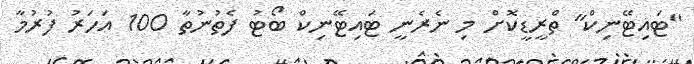
"ޓައިޓޭނިކް" ތްރީޑީކޮށް މި ނެރެނީ ޓައިޓޭނިކް ބޯޓު ފެތުނުތާ 100 އަހަރު ފުރުމާ